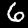
Label: 6